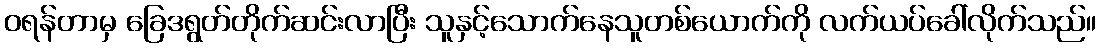
ဝရန်တာမှ ခြေဒရွတ်တိုက်ဆင်းလာပြီး သူနှင့်သောက်နေသူတစ်ယောက်ကို လက်ယပ်ခေါ်လိုက်သည်။